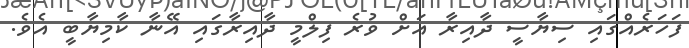
ފަހަރެއްގައި ސިޔާސީ ދާއިރާ އަށް ވުރެ ފިލްމީ ދާއިރާގައި އޭނާ ކާމިޔާބީ އެވެ.